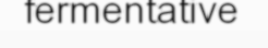
fermentative